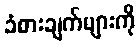
ခံစားချက်များကို